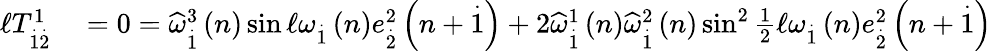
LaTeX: \begin{array}{rl}{\mathcal{\ell}T_{\overset{.}{1}\overset{.}{2}}^{1}}&{{}=0=\widehat{\omega}_{\overset{.}{1}}^{3}\left(n\right)\sin\mathcal{\ell}\omega_{\overset{.}{1}}\left(n\right)e_{\overset{.}{2}}^{2}\left(n+\overset{.}{1}\right)+2\widehat{\omega}_{\overset{.}{1}}^{1}\left(n\right)\widehat{\omega}_{\overset{.}{1}}^{2}\left(n\right)\sin^{2}\frac{1}{2}\mathcal{\ell}\omega_{\overset{.}{1}}\left(n\right)e_{\overset{.}{2}}^{2}\left(n+\overset{.}{1}\right)}\end{array}